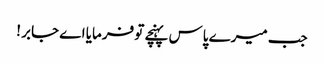
جب میرے پاس پہنچے تو فرمایا اے جابر !